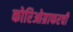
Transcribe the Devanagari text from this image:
कोरिओग्राफरची